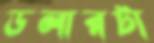
ডলারটা